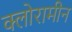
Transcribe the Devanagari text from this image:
क्लोरामीन